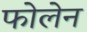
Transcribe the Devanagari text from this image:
फोलेन